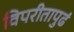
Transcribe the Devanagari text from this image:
विपरीतापुढं